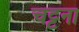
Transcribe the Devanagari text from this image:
चट्टना